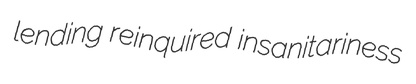
lending reinquired insanitariness